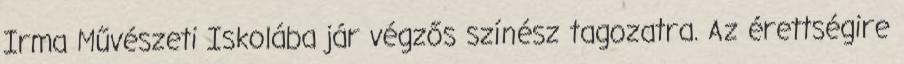
Irma Művészeti Iskolába jár végzős színész tagozatra. Az érettségire